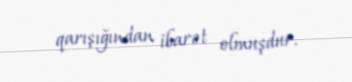
qarışığından ibarət olmuşdur.